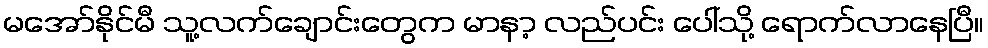
မအော်နိုင်မီ သူ့လက်ချောင်းတွေက မာနာ့ လည်ပင်း ပေါ်သို့ ရောက်လာနေပြီ။